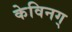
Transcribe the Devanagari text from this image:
केविनग्